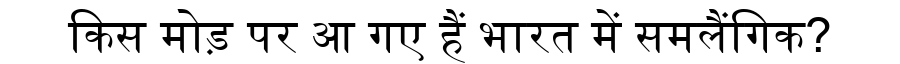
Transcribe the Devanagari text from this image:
किस मोड़ पर आ गए हैं भारत में समलैंगिक?